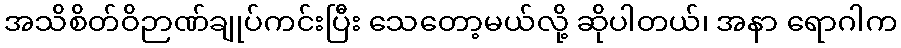
အသိစိတ်ဝိဉာဏ်ချုပ်ကင်းပြီး သေတော့မယ်လို့ ဆိုပါတယ်၊ အနာ ရောဂါက